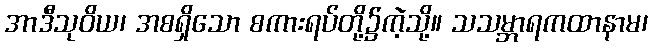
အာဒီသုဝိယ၊ အစရှိသော စကားရပ်တို့၌ကဲ့သို့။ သသမ္ဘာရကထာနာမ၊